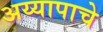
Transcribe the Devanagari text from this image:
अय्यापाचे